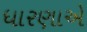
ધારણાએ